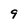
Character: 9